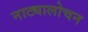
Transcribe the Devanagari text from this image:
नाट्यालोचन